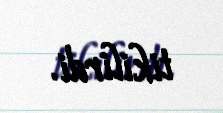
tikilirdi.